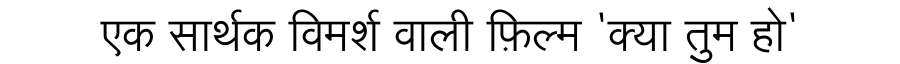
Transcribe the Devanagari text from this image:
एक सार्थक विमर्श वाली फ़िल्म 'क्या तुम हो'